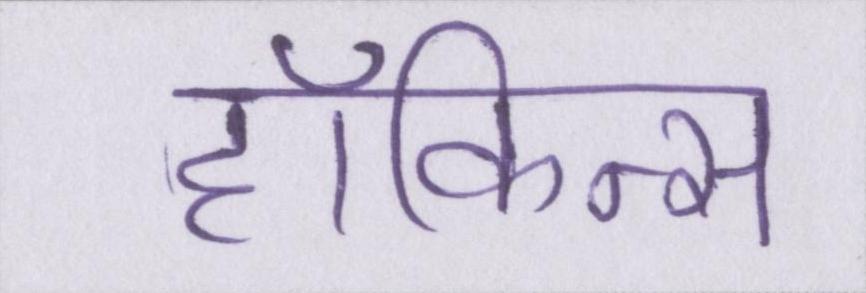
हॉकिन्स